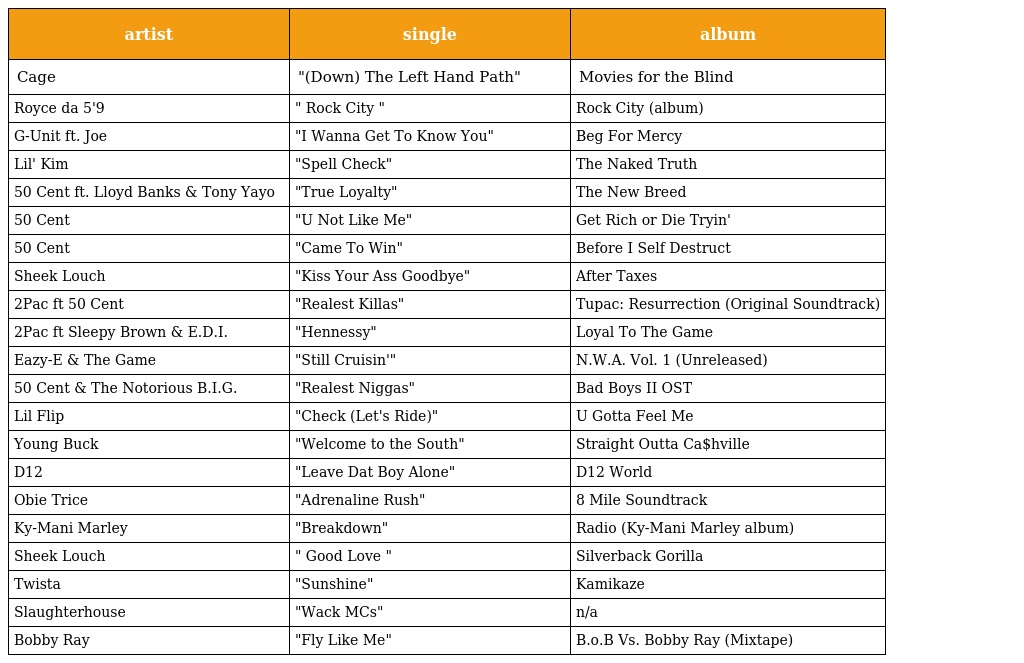
| artist | single | album |
 | --- | --- | --- |
 | Cage | "(Down) The Left Hand Path" | Movies for the Blind |
 | Royce da 5'9 | " Rock City " | Rock City (album) |
 | G-Unit ft. Joe | "I Wanna Get To Know You" | Beg For Mercy |
 | Lil' Kim | "Spell Check" | The Naked Truth |
 | 50 Cent ft. Lloyd Banks & Tony Yayo | "True Loyalty" | The New Breed |
 | 50 Cent | "U Not Like Me" | Get Rich or Die Tryin' |
 | 50 Cent | "Came To Win" | Before I Self Destruct |
 | Sheek Louch | "Kiss Your Ass Goodbye" | After Taxes |
 | 2Pac ft 50 Cent | "Realest Killas" | Tupac: Resurrection (Original Soundtrack) |
 | 2Pac ft Sleepy Brown & E.D.I. | "Hennessy" | Loyal To The Game |
 | Eazy-E & The Game | "Still Cruisin'" | N.W.A. Vol. 1 (Unreleased) |
 | 50 Cent & The Notorious B.I.G. | "Realest Niggas" | Bad Boys II OST |
 | Lil Flip | "Check (Let's Ride)" | U Gotta Feel Me |
 | Young Buck | "Welcome to the South" | Straight Outta Ca$hville |
 | D12 | "Leave Dat Boy Alone" | D12 World |
 | Obie Trice | "Adrenaline Rush" | 8 Mile Soundtrack |
 | Ky-Mani Marley | "Breakdown" | Radio (Ky-Mani Marley album) |
 | Sheek Louch | " Good Love " | Silverback Gorilla |
 | Twista | "Sunshine" | Kamikaze |
 | Slaughterhouse | "Wack MCs" | n/a |
 | Bobby Ray | "Fly Like Me" | B.o.B Vs. Bobby Ray (Mixtape) |